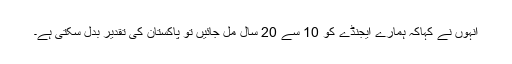
انہوں نے کہاکہ ہمارے ایجنڈے کو 10 سے 20 سال مل جائیں تو پاکستان کی تقدیر بدل سکتی ہے۔